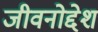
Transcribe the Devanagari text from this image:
जीवनोद्देश